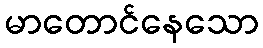
မာတောင်နေသော